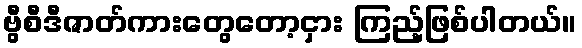
ဗွီစီဒီဇာတ်ကားတွေတော့ငှား ကြည့်ဖြစ်ပါတယ်။